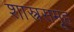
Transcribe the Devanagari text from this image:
शास्त्रसमूह